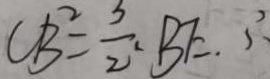
C B = \frac { 3 } { 2 } B F .